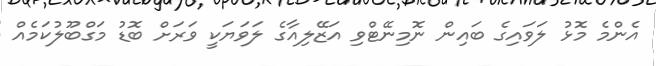
އެންމެ މޮޅު ލަވައިގެ ބައިން ނޮމިނޭޓްވި އަޒޭލިއާގެ ލަވަޔަކީ ވަރަށް ބޮޑު މަގްބޫލުކަމެއް